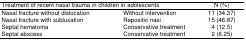
| <COLSPAN=2> Treatment of recent nasal trauma in children in adolescents | N (%) |
 | --- | --- | --- |
 | Nasal fracture without dislocation | Without intervention | 11 (34.37) |
 | Nasal fracture with subluxation | Repositio nasi | 15 (46.87) |
 | Septal hematoma | Conservative treatment | 4 (12.5) |
 | Septal abscess | Conservative treatment | 2 (6.25) |